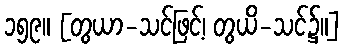
၁၅၉။ [တွယာ-သင်ဖြင့်၊ တွယိ-သင်၌။]